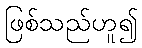
ဖြစ်သည်ဟူ၍